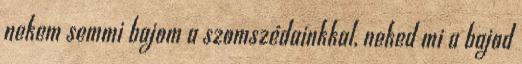
nekem semmi bajom a szomszédainkkal, neked mi a bajod